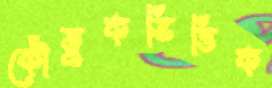
কৌতুকভিত্তিক